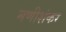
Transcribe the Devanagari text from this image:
मणीशंकर